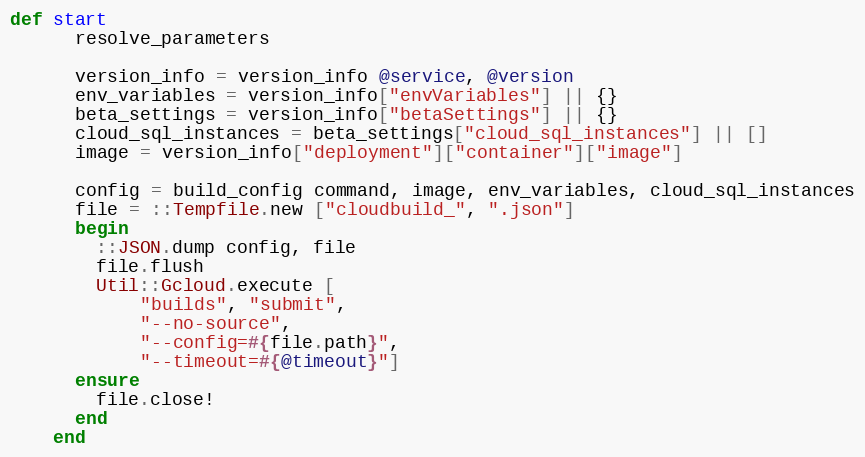
Language: Ruby
def start
      resolve_parameters

      version_info = version_info @service, @version
      env_variables = version_info["envVariables"] || {}
      beta_settings = version_info["betaSettings"] || {}
      cloud_sql_instances = beta_settings["cloud_sql_instances"] || []
      image = version_info["deployment"]["container"]["image"]

      config = build_config command, image, env_variables, cloud_sql_instances
      file = ::Tempfile.new ["cloudbuild_", ".json"]
      begin
        ::JSON.dump config, file
        file.flush
        Util::Gcloud.execute [
            "builds", "submit",
            "--no-source",
            "--config=#{file.path}",
            "--timeout=#{@timeout}"]
      ensure
        file.close!
      end
    end